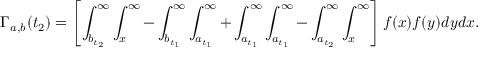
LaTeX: \Gamma _ { a , b } ( t _ { 2 } ) = \left[ \int _ { b _ { t _ { 2 } } } ^ { \infty } \int _ { x } ^ { \infty } - \int _ { b _ { t _ { 1 } } } ^ { \infty } \int _ { a _ { t _ { 1 } } } ^ { \infty } + \int _ { a _ { t _ { 1 } } } ^ { \infty } \int _ { a _ { t _ { 1 } } } ^ { \infty } - \int _ { a _ { t _ { 2 } } } ^ { \infty } \int _ { x } ^ { \infty } \right] f ( x ) f ( y ) d y d x .